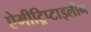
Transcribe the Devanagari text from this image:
ऐमीट्रिप्टाइलीन